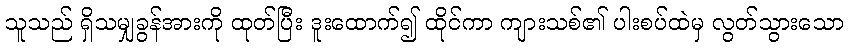
သူသည် ရှိသမျှခွန်အားကို ထုတ်ပြီး ဒူးထောက်၍ ထိုင်ကာ ကျားသစ်၏ ပါးစပ်ထဲမှ လွတ်သွားသော